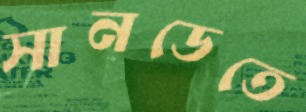
সানডেতে